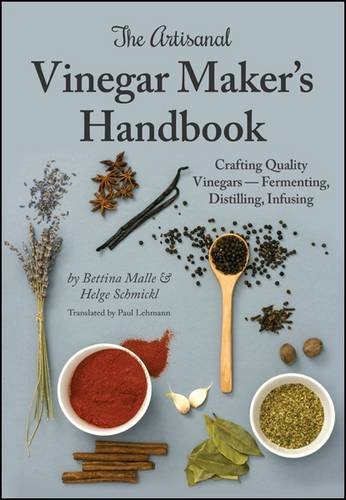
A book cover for The Artisanal Vinegar Maker's Handbook; Bettina Malle; Cookbooks, Food & Wine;